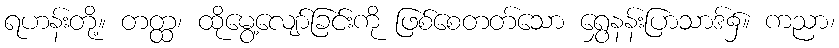
ရဟန်းတို့။ တတ္ထ၊ ထိုမွေ့လျော်ခြင်းကို ဖြစ်စေတတ်သော ရွှေနန်းပြာသာဒ်၌။ ကညာ၊